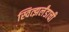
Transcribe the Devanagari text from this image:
स्वित्झर्लंडाची